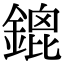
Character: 鎞